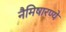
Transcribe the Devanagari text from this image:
नैमिषारण्ये